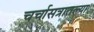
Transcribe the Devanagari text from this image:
चर्चासत्रातल्या